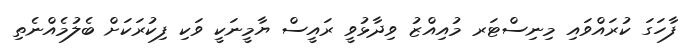
ފާހަގަ ކުރައްވައި މިނިސްޓަރ މުއިއްޒު ވިދާޅުވީ ރައީސް ޔާމީނަކީ ވަކި ފިކުރަކަށް ބެލުމެއްނެތި